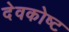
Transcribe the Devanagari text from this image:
देवकोष्ट